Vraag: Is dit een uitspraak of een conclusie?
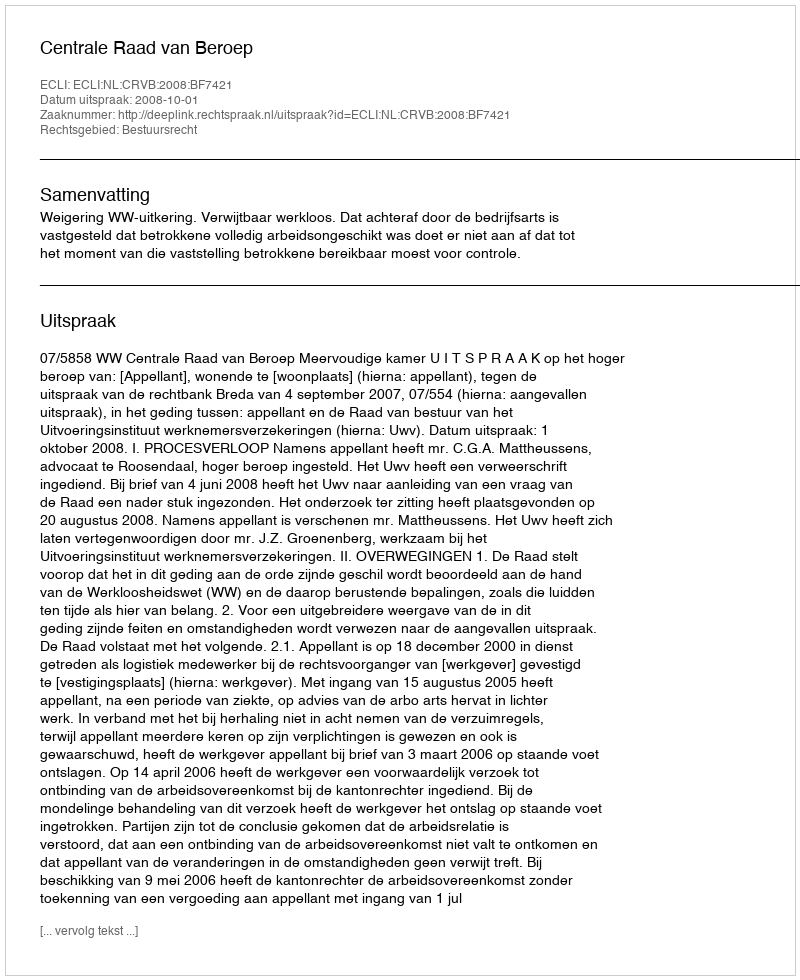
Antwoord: Uitspraak